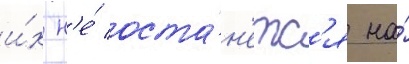
и́х н'е́ оста́н'етс'я на́